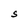
Character: S